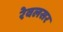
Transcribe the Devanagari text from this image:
रेवलसर